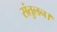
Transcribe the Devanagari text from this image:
संतुलन।